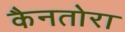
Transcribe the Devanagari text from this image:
कैनतोरा